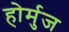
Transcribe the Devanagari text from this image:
होर्मुज